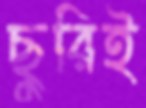
ছুরিই